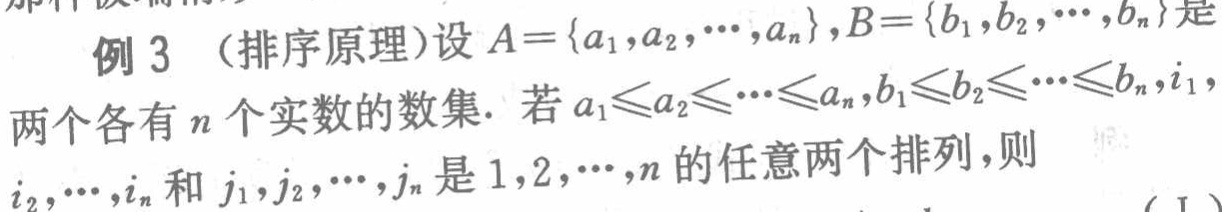
例 3 （排序原理）设 \(A = \{a_{1},a_{2},\cdots,a_{n}\},B = \{b_{1},b_{2},\cdots,b_{n}\}\)是

两个各有 \(n\) 个实数的数集. 若 \(a_{1}\leqslant a_{2}\leqslant\cdots\leqslant a_{n},b_{1}\leqslant b_{2}\leqslant\cdots\leqslant b_{n},i_{1},\)

\(i_{2},\cdots,i_{n}\) 和 \(j_{1},j_{2},\cdots,j_{n}\) 是 \(1,2,\cdots,n\) 的任意两个排列,则